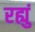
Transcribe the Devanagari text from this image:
रह्युं